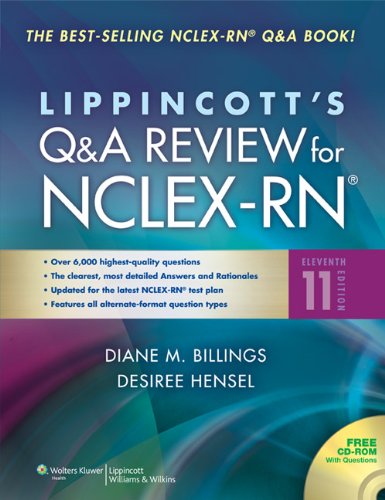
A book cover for Lippincott Q&A Review for NCLEX-RN (Lippincott's Q&A Review for NCLEX-RN (W/CD)); Diane M. Billings EdD  RN  FAAN; Test Preparation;